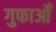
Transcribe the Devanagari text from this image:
गुफाओँ